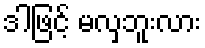
ဒါဖြင့် မလှဘူးလား